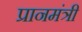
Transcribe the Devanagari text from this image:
प्रानमंत्री